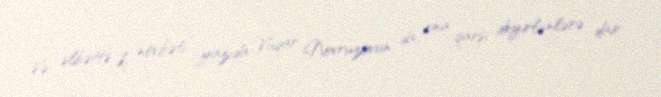
Və əlbəttə ki, növbəti yazıda Vüqar Novruzovun da ona qarşı deyirlənlərə dair